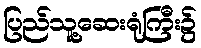
ပြည်သူ့ဆေးရုံကြီး၌